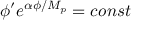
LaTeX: \phi ^ { \prime } e ^ { \alpha \phi / M _ { p } } = c o n s t